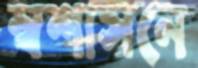
স্বশাসনে